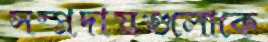
সম্প্রদায়গুলোকে